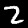
Digit: 2